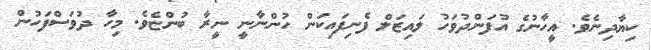
ކިޔާދިނެވެ. އީހާނުގެ އުފަންދުވަހު ލައިޒަލް ފެނިފައިކަން ހުންނާނީ ނީރާ ބުންޏެވެ. މިހާ ދުވަސްފަހުން